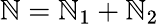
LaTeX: \mathbb{N}=\mathbb{N}_{1}+\mathbb{N}_{2}